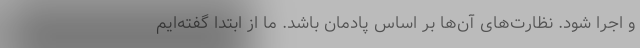
و اجرا شود. نظارت‌های آن‌ها بر اساس پادمان باشد. ما از ابتدا گفته‌ایم